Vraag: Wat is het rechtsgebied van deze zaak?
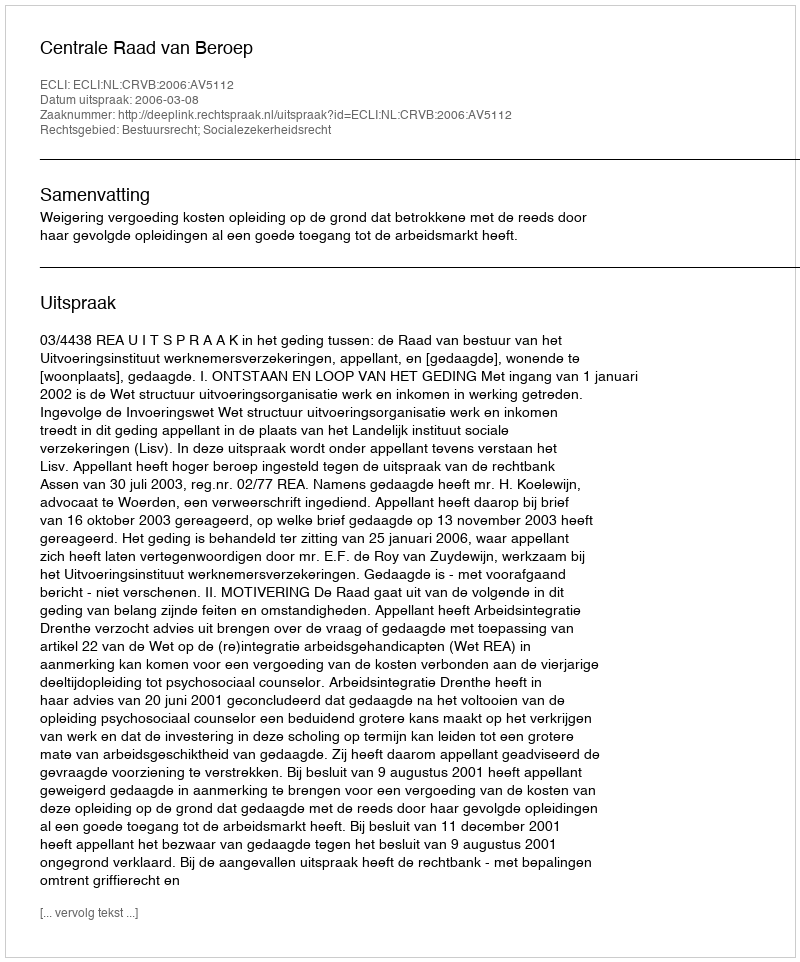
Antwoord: Bestuursrecht; Socialezekerheidsrecht